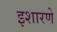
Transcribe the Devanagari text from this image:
इशारणे